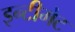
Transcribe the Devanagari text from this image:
इन्टीमेट